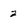
Character: 2